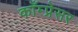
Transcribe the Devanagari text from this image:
काँम्प्रेसर